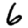
Digit: 6